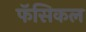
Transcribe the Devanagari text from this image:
फॅसिकल